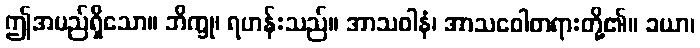
ဤအမည်ရှိသော။ ဘိက္ခု၊ ရဟန်းသည်။ အာသဝါနံ၊ အာသဝေါတရားတို့၏။ ခယာ၊